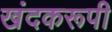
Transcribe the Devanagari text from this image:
खंदकरूपी